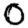
Digit: 0